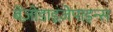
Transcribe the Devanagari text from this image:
बेंज़ोडाइज़ेपाइन्स